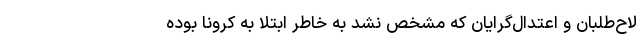
لاح‌طلبان و اعتدال‌گرایان که مشخص نشد به خاطر ابتلا به کرونا بوده